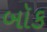
બૉક